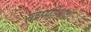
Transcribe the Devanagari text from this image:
स्वामीनाथा